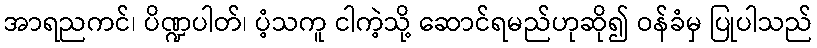
အာရညကင်၊ ပိဏ္ဍပါတ်၊ ပံ့သကူ ငါကဲ့သို့ ဆောင်ရမည်ဟုဆို၍ ဝန်ခံမှ ပြုပါသည်